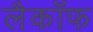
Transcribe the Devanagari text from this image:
लैकॉफ